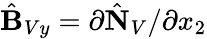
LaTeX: \hat{\mathbf B}_{Vy}=\partial\hat{\mathbf N}_{V}/\partial x_{2}